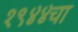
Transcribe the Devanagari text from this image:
१९४४चा